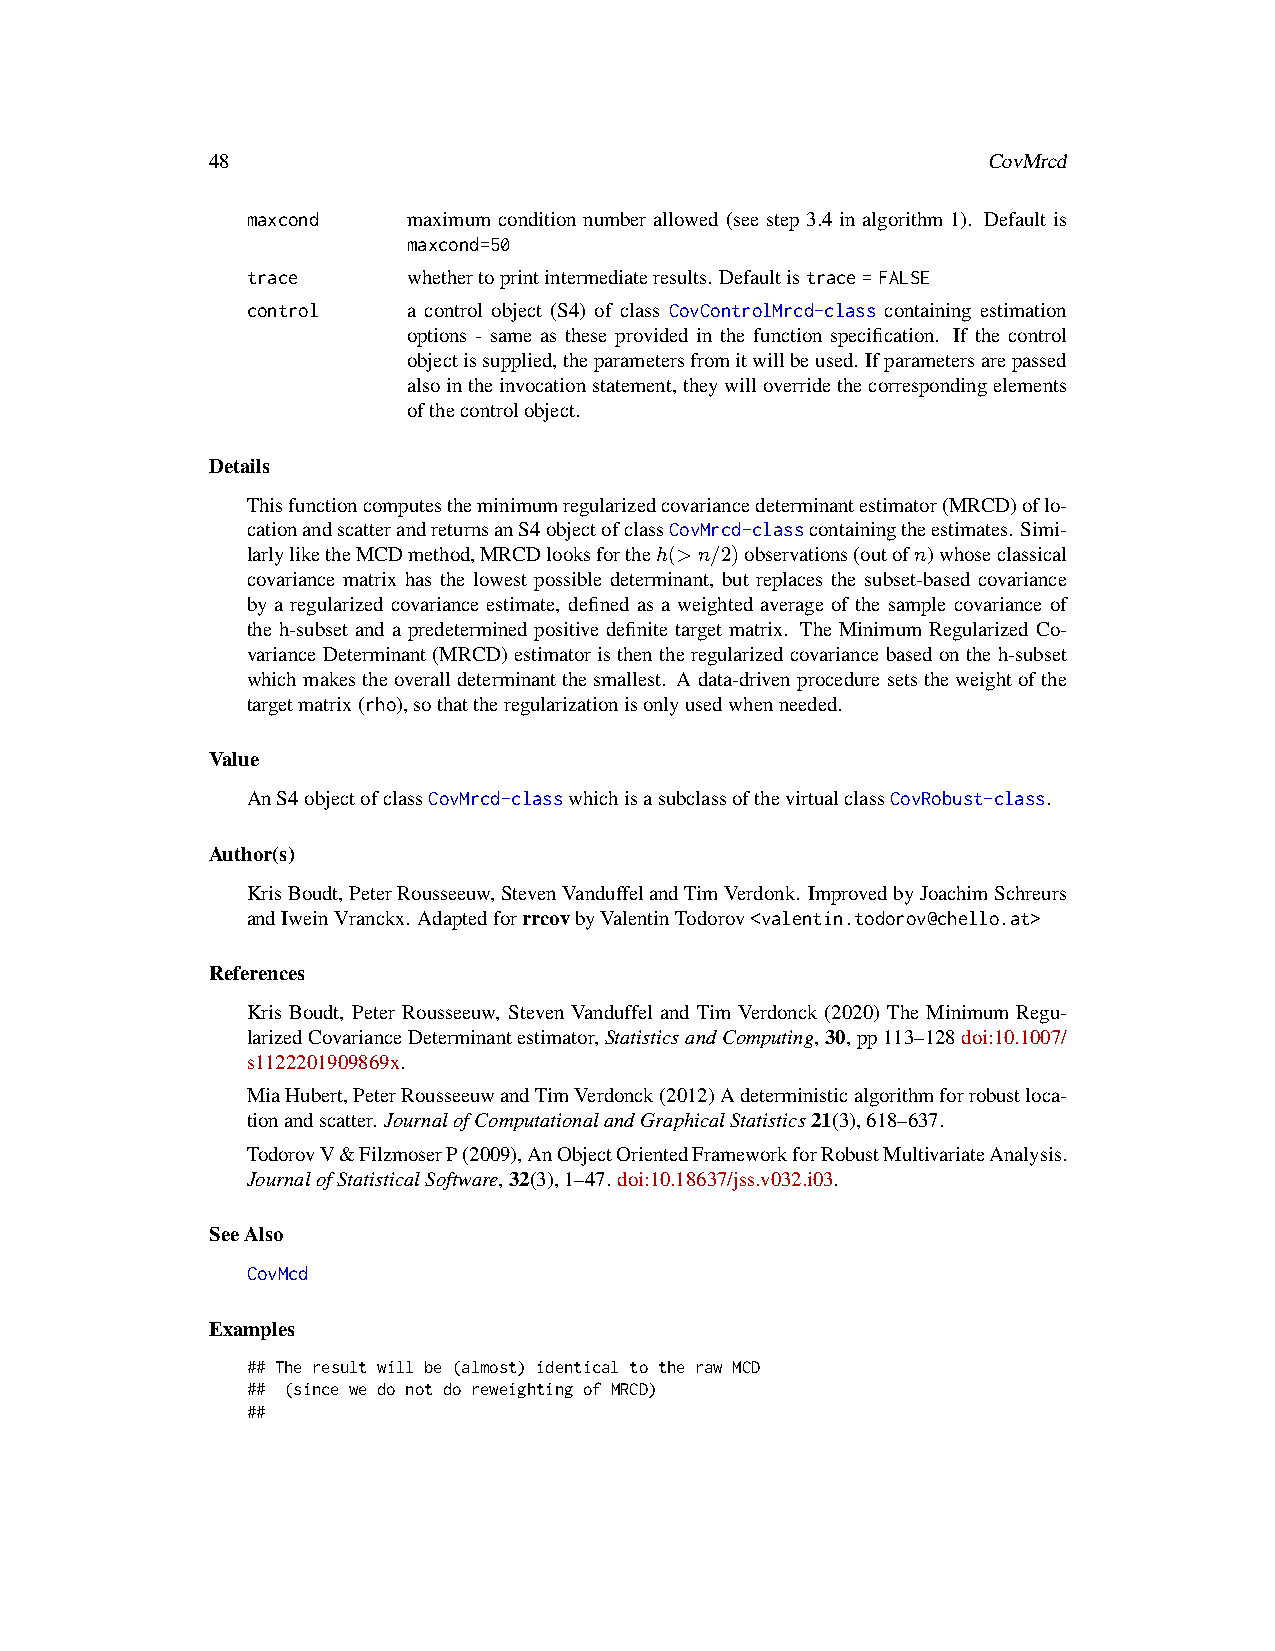
48                                                 CovMrcd
 maxcond    maximum condition number allowed (see step 3.4 in algorithm 1). Default is
 maxcond=50
 trace      whethertoprintintermediateresults. Defaultistrace=FALSE
 control    a control object (S4) of class CovControlMrcd-class containing estimation
 options - same as these provided in the function specification. If the control
 objectissupplied,theparametersfromitwillbeused. Ifparametersarepassed
 alsointheinvocationstatement,theywilloverridethecorrespondingelements
 ofthecontrolobject.
 Details
 Thisfunctioncomputestheminimumregularizedcovariancedeterminantestimator(MRCD)oflo-
 cationandscatterandreturnsanS4objectofclassCovMrcd-classcontainingtheestimates. Simi-
 larlyliketheMCDmethod,MRCDlooksfortheh(>n/2)observations(outofn)whoseclassical
 covariance matrix has the lowest possible determinant, but replaces the subset-based covariance
 by a regularized covariance estimate, defined as a weighted average of the sample covariance of
 the h-subset and a predetermined positive definite target matrix. The Minimum Regularized Co-
 varianceDeterminant(MRCD)estimatoristhentheregularizedcovariancebasedontheh-subset
 whichmakestheoveralldeterminantthesmallest. Adata-drivenproceduresetstheweightofthe
 targetmatrix(rho),sothattheregularizationisonlyusedwhenneeded.
 Value
 AnS4objectofclassCovMrcd-classwhichisasubclassofthevirtualclassCovRobust-class.
 Author(s)
 KrisBoudt,PeterRousseeuw,StevenVanduffelandTimVerdonk. ImprovedbyJoachimSchreurs
 andIweinVranckx. AdaptedforrrcovbyValentinTodorov<valentin.todorov@chello.at>
 References
 Kris Boudt, Peter Rousseeuw, Steven Vanduffel and Tim Verdonck (2020) The Minimum Regu-
 larizedCovarianceDeterminantestimator,StatisticsandComputing,30,pp113–128doi:10.1007/
 s1122201909869x.
 MiaHubert,PeterRousseeuwandTimVerdonck(2012)Adeterministicalgorithmforrobustloca-
 tionandscatter. JournalofComputationalandGraphicalStatistics21(3),618–637.
 TodorovV&FilzmoserP(2009),AnObjectOrientedFrameworkforRobustMultivariateAnalysis.
 JournalofStatisticalSoftware,32(3),1–47. doi:10.18637/jss.v032.i03.
 SeeAlso
 CovMcd
 Examples
 ## The result will be (almost) identical to the raw MCD
 ## (since we do not do reweighting of MRCD)
 ##